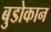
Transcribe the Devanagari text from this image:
बुडोकान